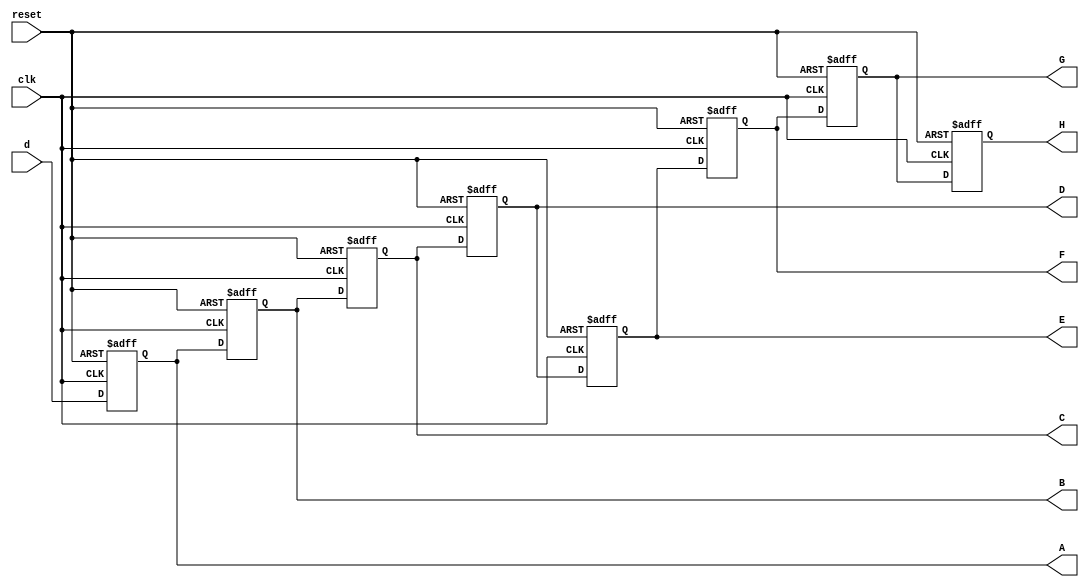
module shift_register_8_stage (
    input wire clk,       // Clock input
    input wire reset,     // Reset input (active high)
    input wire [15:0] d,  // 16-bit Data input
    output reg [15:0] A,  // Stage 1 output
    output reg [15:0] B,  // Stage 2 output
    output reg [15:0] C,  // Stage 3 output
    output reg [15:0] D,  // Stage 4 output
    output reg [15:0] E,  // Stage 5 output
    output reg [15:0] F,  // Stage 6 output
    output reg [15:0] G,  // Stage 7 output
    output reg [15:0] H   // Stage 8 output
);

always @(posedge clk or posedge reset) begin
    if (reset) begin
        A <= 16'b0;
        B <= 16'b0;
        C <= 16'b0;
        D <= 16'b0;
        E <= 16'b0;
        F <= 16'b0;
        G <= 16'b0;
        H <= 16'b0;
    end else begin
        H <= G;
        G <= F;
        F <= E;
        E <= D;
        D <= C;
        C <= B;
        B <= A;
        A <= d;
    end
end

endmodule